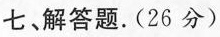
七、解答题。(26分)